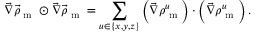
\vec { \nabla } \vec { \rho } _ { \textrm { m } } \odot \vec { \nabla } \vec { \rho } _ { \textrm { m } } = \sum _ { u \in \{ x , y , z \} } \left( \vec { \nabla } \rho _ { \textrm { m } } ^ { u } \right) \cdot \left( \vec { \nabla } \rho _ { \textrm { m } } ^ { u } \right) .